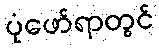
ပုံဖော်ရာတွင်